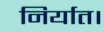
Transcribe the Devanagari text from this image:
निर्यात।